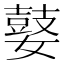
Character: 𰌘